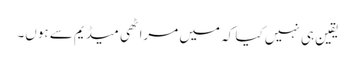
یقین ہی نہیں کیا کہ میں مراٹھی میڈیم سے ہوں۔